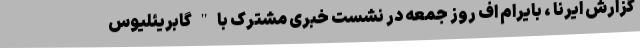
گزارش ایرنا ، بایرام اف روز جمعه در نشست خبری مشترک با " گابریئلیوس